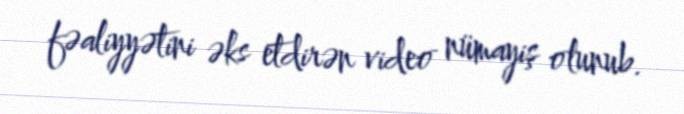
fəaliyyətini əks etdirən video nümayiş olunub.